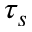
\tau _ { s }